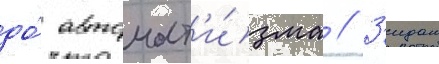
до́ автомат'и́зма // З'идан